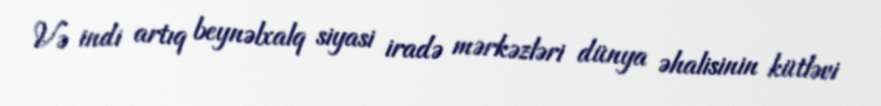
Və indi artıq beynəlxalq siyasi iradə mərkəzləri dünya əhalisinin kütləvi